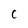
Character: C